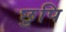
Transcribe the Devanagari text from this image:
छुपि